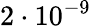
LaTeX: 2\cdot 10^{-9}